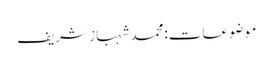
موضوعات:محمد شہباز شریف